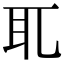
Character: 𦔮